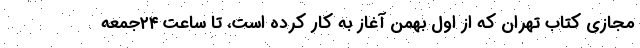
مجازی کتاب تهران که از اول بهمن آغاز به کار کرده است، تا ساعت ۲۴جمعه